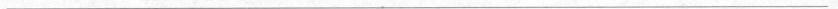
___